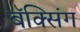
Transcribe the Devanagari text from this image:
बॅक्सिंग